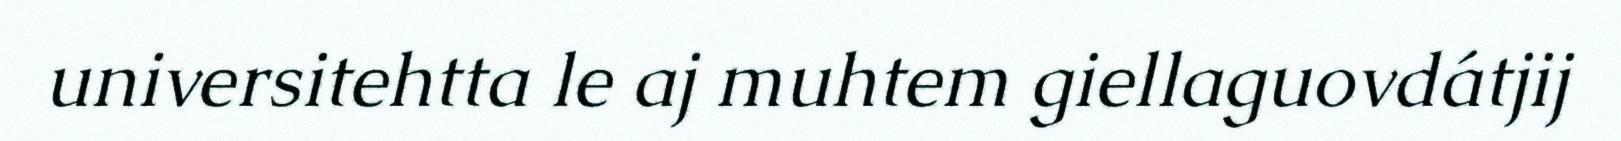
universitehtta le aj muhtem giellaguovdátjij